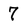
Character: 7